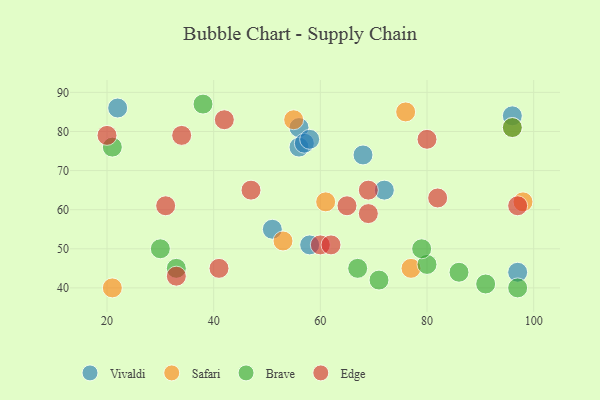
{"axis": {"x": "GDP", "y": "Life Expectancy"}, "legend": ["Brave", "Edge", "Safari", "Vivaldi"], "data": [{"x": "97", "y": 44, "type": "Vivaldi"}, {"x": "56", "y": 81, "type": "Vivaldi"}, {"x": "56", "y": 76, "type": "Vivaldi"}, {"x": "57", "y": 77, "type": "Vivaldi"}, {"x": "22", "y": 86, "type": "Vivaldi"}, {"x": "72", "y": 65, "type": "Vivaldi"}, {"x": "96", "y": 84, "type": "Vivaldi"}, {"x": "58", "y": 78, "type": "Vivaldi"}, {"x": "68", "y": 74, "type": "Vivaldi"}, {"x": "58", "y": 51, "type": "Vivaldi"}, {"x": "51", "y": 55, "type": "Vivaldi"}, {"x": "76", "y": 85, "type": "Safari"}, {"x": "98", "y": 62, "type": "Safari"}, {"x": "77", "y": 45, "type": "Safari"}, {"x": "96", "y": 81, "type": "Safari"}, {"x": "61", "y": 62, "type": "Safari"}, {"x": "53", "y": 52, "type": "Safari"}, {"x": "55", "y": 83, "type": "Safari"}, {"x": "21", "y": 40, "type": "Safari"}, {"x": "80", "y": 46, "type": "Brave"}, {"x": "33", "y": 45, "type": "Brave"}, {"x": "96", "y": 81, "type": "Brave"}, {"x": "38", "y": 87, "type": "Brave"}, {"x": "21", "y": 76, "type": "Brave"}, {"x": "91", "y": 41, "type": "Brave"}, {"x": "30", "y": 50, "type": "Brave"}, {"x": "71", "y": 42, "type": "Brave"}, {"x": "86", "y": 44, "type": "Brave"}, {"x": "79", "y": 50, "type": "Brave"}, {"x": "97", "y": 40, "type": "Brave"}, {"x": "67", "y": 45, "type": "Brave"}, {"x": "69", "y": 59, "type": "Edge"}, {"x": "60", "y": 51, "type": "Edge"}, {"x": "41", "y": 45, "type": "Edge"}, {"x": "31", "y": 61, "type": "Edge"}, {"x": "20", "y": 79, "type": "Edge"}, {"x": "97", "y": 61, "type": "Edge"}, {"x": "82", "y": 63, "type": "Edge"}, {"x": "62", "y": 51, "type": "Edge"}, {"x": "80", "y": 78, "type": "Edge"}, {"x": "47", "y": 65, "type": "Edge"}, {"x": "69", "y": 65, "type": "Edge"}, {"x": "42", "y": 83, "type": "Edge"}, {"x": "33", "y": 43, "type": "Edge"}, {"x": "34", "y": 79, "type": "Edge"}, {"x": "65", "y": 61, "type": "Edge"}]}